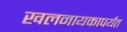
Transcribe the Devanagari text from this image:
खलनायकापर्यंत